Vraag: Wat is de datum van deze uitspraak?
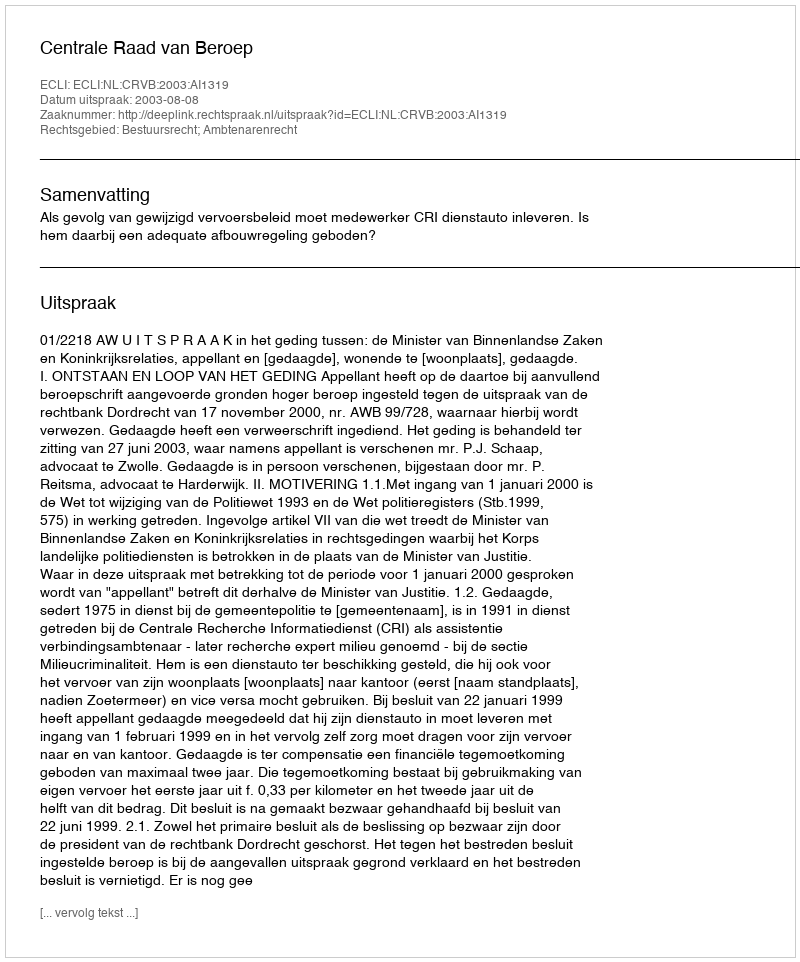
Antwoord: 2003-08-08